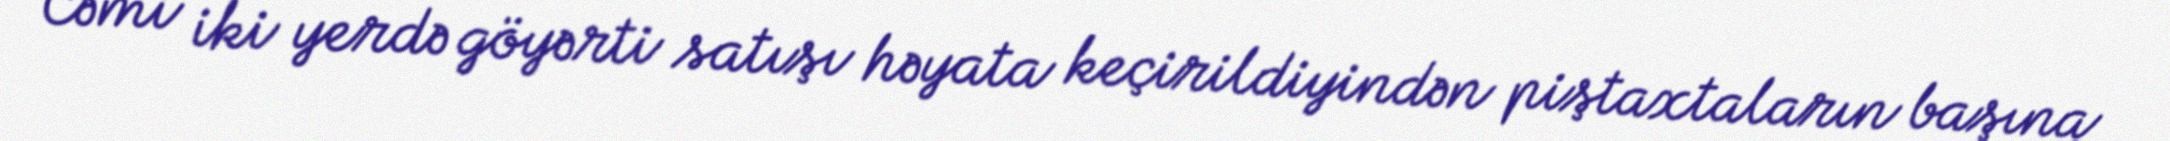
Cəmi iki yerdə göyərti satışı həyata keçirildiyindən piştaxtaların başına